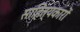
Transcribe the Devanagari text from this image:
साहित्‍यकारों